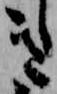
き